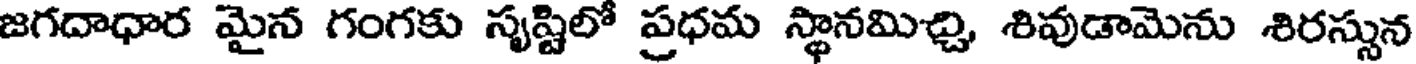
జగదాధార మైన గంగకు సృష్టిలో ప్రధమ స్థానమిచ్చి, శివుడామెను శిరస్సున